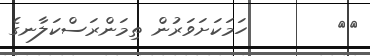
٤٠        ހަމަކަށަވަރުން ތިމަންރަސްކަލާނގެ